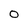
Character: 0